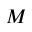
M